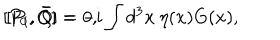
LaTeX: [ P _ { 0 } , \bar { Q } ] = - i \int d ^ { 3 } x \: \eta ( x ) G ( x ) , \hspace { 1 i n } [ P _ { i } , \bar { Q } ] = 0 ,